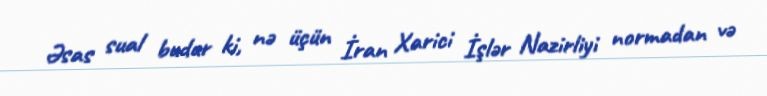
Əsas sual budur ki, nə üçün İran Xarici İşlər Nazirliyi normadan və